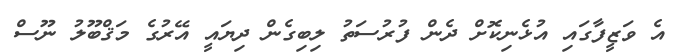
އެ ވަޒީފާގައި އުޅެނިކޮށް ދެން ފުރުސަތު ލިބިގެން ދިޔައީ އޭރުގެ މަޤްބޫލު ނޫސް